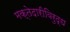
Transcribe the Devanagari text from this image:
मक्तेदारीविरुद्ध